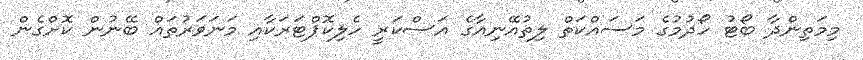
މިމަތިންދާ ބޯޓު ހޯދުމުގެ މަސައްކަތް ލިތުއޭނިއާގެ އަސްކަރީ ހެލިކޮޕްޓަރަކާއި މަނަވަރުތައް ބޭނުން ކޮށްގެން